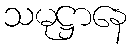
သမုဋ္ဌာနေ